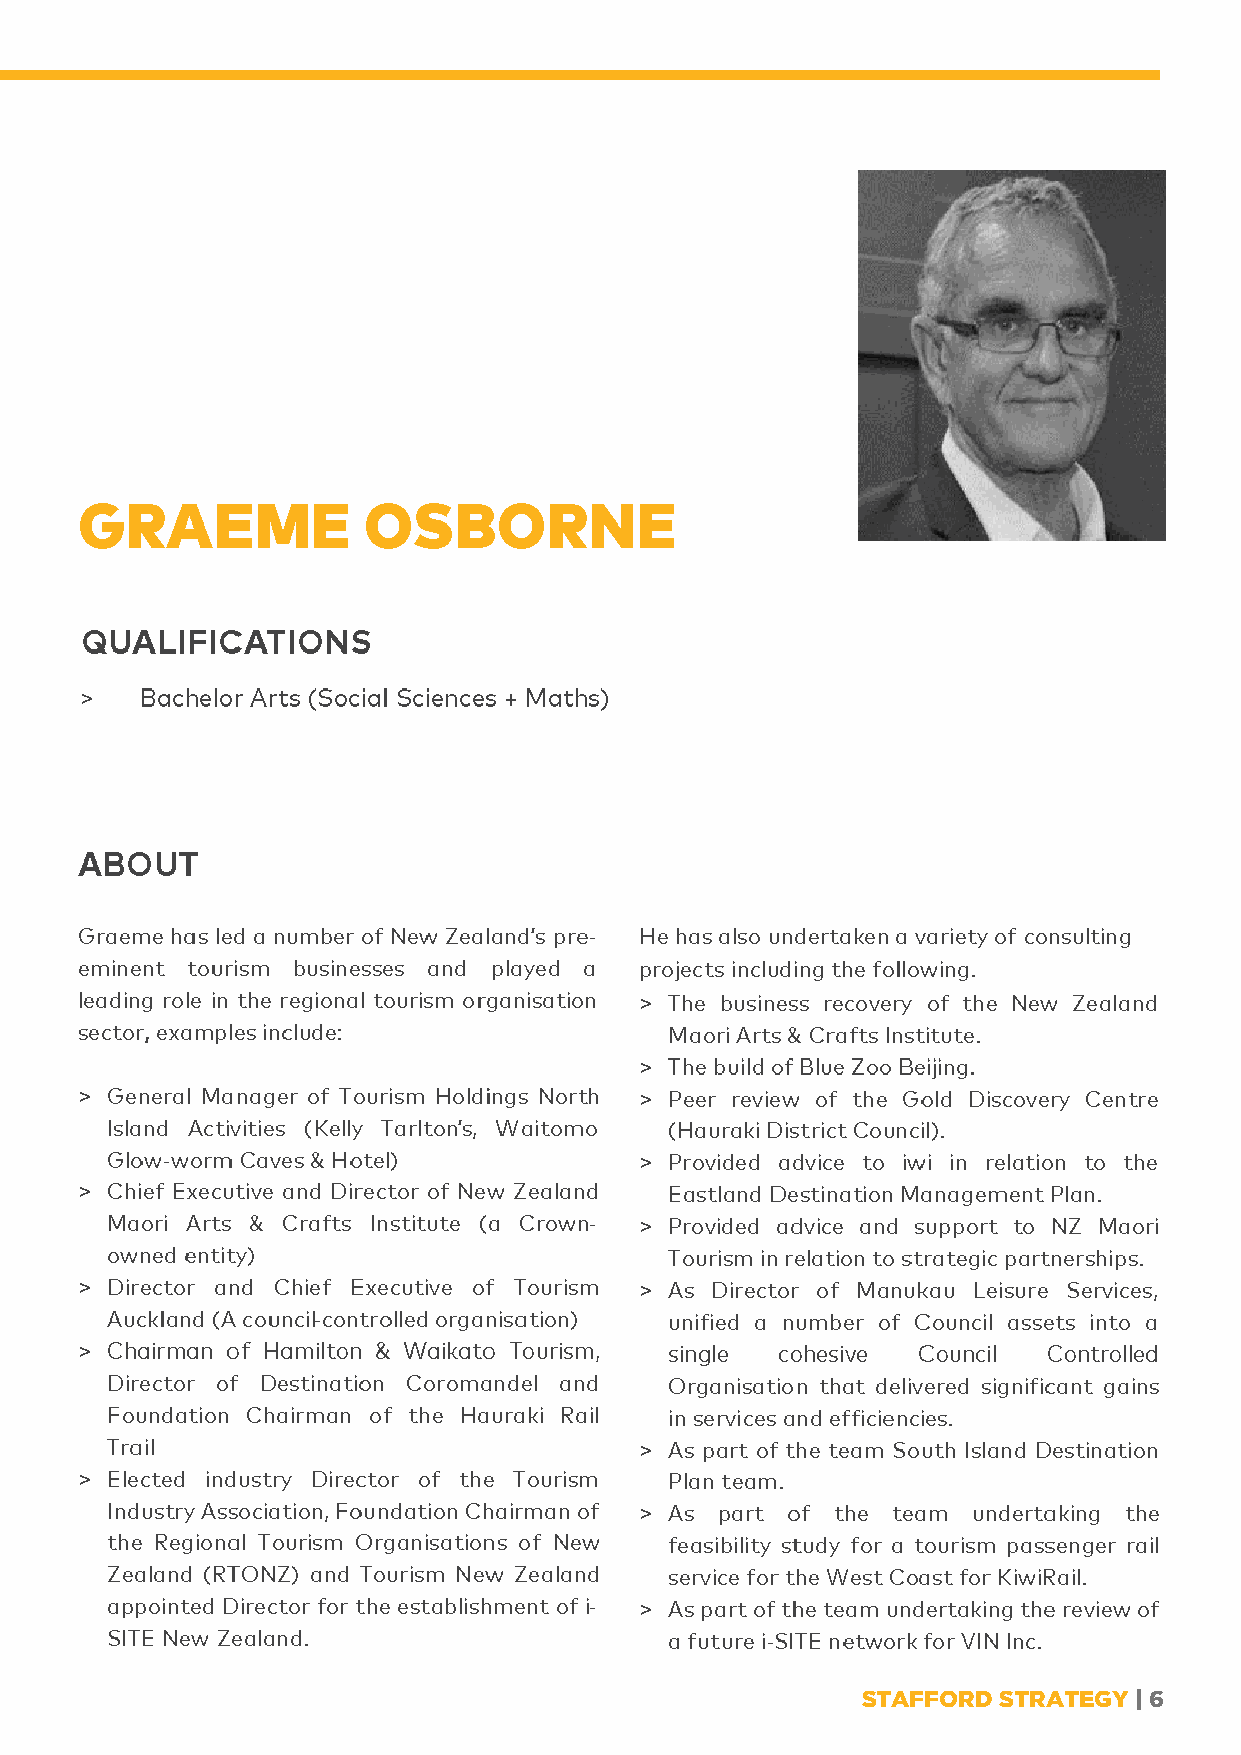
>
 -
 >
 >
 >                                    >
 -                              >
 >
 -  >
 >                                    >
 -
 >
 >
 >
 >
 -  >
 -
 STAFFORD STRATEGY | 6